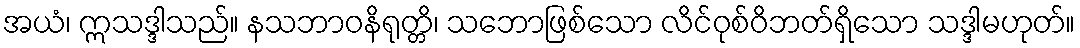
အယံ၊ ဣသဒ္ဒါသည်။ နသဘာဝနိရုတ္တိ၊ သဘောဖြစ်သော လိင်ဝုစ်ဝိဘတ်ရှိသော သဒ္ဒါမဟုတ်။